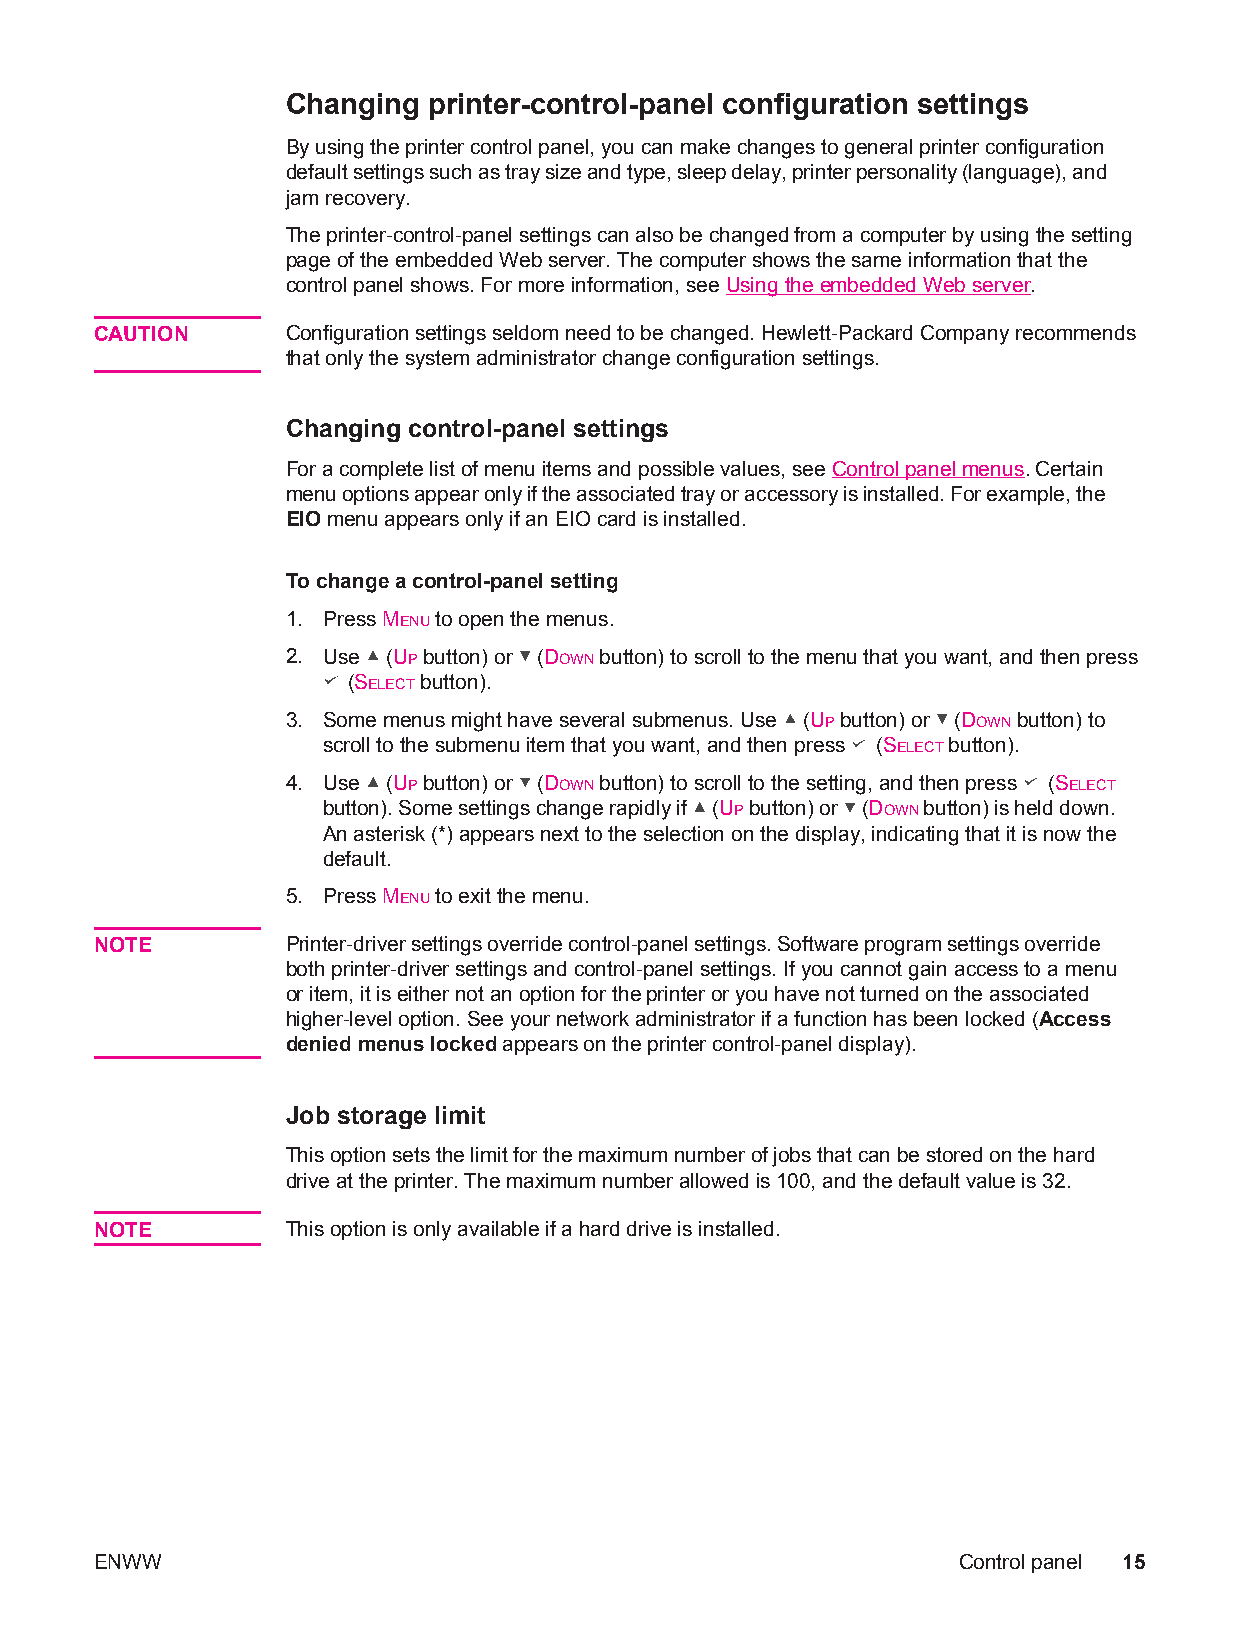
Changing printer-control-panel configuration settings
 By using the printer control panel, you can make changes to general printer configuration
 default settings such as tray size and type, sleep delay, printer personality (language), and
 jam recovery.
 The printer-control-panel settings can also be changed from a computer by using the setting
 page of the embedded Web server. The computer shows the same information that the
 control panel shows. For more information, see Using the embedded Web server.
 CAUTION      Configuration settings seldom need to be changed. Hewlett-Packard Company recommends
 that only the system administrator change configuration settings.
 Changing control-panel settings
 For a complete list of menu items and possible values, see Control panel menus. Certain
 menu options appear only if the associated tray or accessory is installed. For example, the
 EIO menu appears only if an EIO card is installed.
 To change a control-panel setting
 1. Press MENU to open the menus.
 2. Use (UP button) or (DOWN button) to scroll to the menu that you want, and then press
 (SELECT button).
 3. Some menus might have several submenus. Use (UP button) or (DOWN button) to
 scroll to the submenu item that you want, and then press (SELECT button).
 4. Use (UP button) or (DOWN button) to scroll to the setting, and then press (SELECT
 button). Some settings change rapidly if (UP button) or (DOWN button) is held down.
 An asterisk (*) appears next to the selection on the display, indicating that it is now the
 default.
 5. Press MENU to exit the menu.
 NOTE         Printer-driver settings override control-panel settings. Software program settings override
 both printer-driver settings and control-panel settings. If you cannot gain access to a menu
 or item, it is either not an option for the printer or you have not turned on the associated
 higher-level option. See your network administrator if a function has been locked (Access
 denied menus locked appears on the printer control-panel display).
 Job storage limit
 This option sets the limit for the maximum number of jobs that can be stored on the hard
 drive at the printer. The maximum number allowed is 100, and the default value is 32.
 NOTE         This option is only available if a hard drive is installed.
 ENWW                                                     Control panel 15